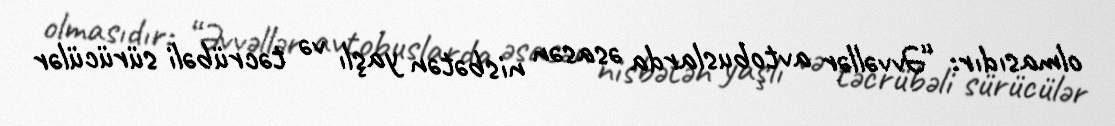
olmasıdır: “Əvvəllər avtobuslarda əsasən nisbətən yaşlı və təcrübəli sürücülər